Civil Veterinary Department Bihar & Orissa reports 1929-36 - 1929-1936
Year: 1929
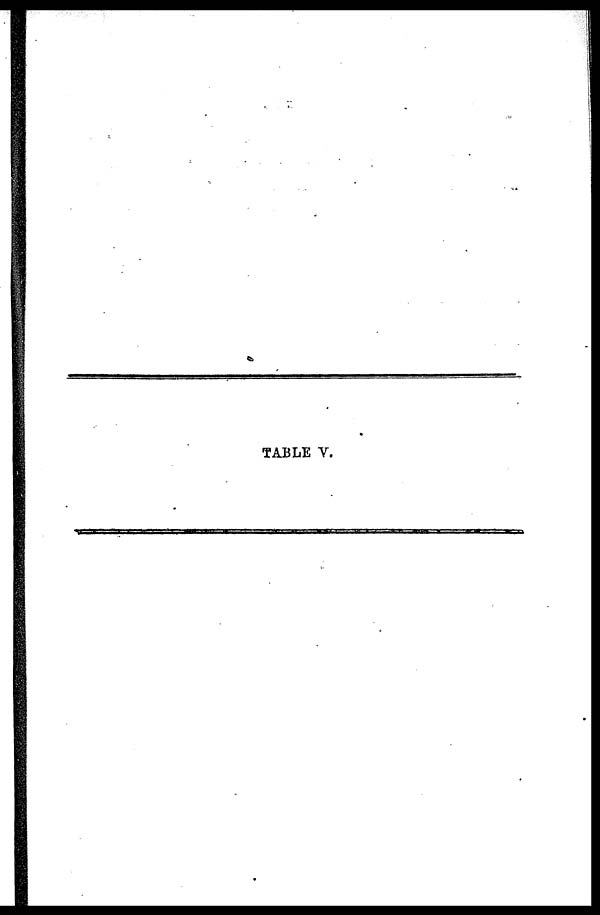
TABLE V.